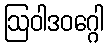
ဩဝါဒဝဂ္ဂေါ